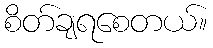
စိတ်ချရစေတယ်။